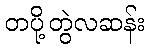
တပို့တွဲလဆန်း